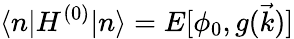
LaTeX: \langle n|H^{(0)}|n\rangle=E[\phi_{0},g(\vec{k})]